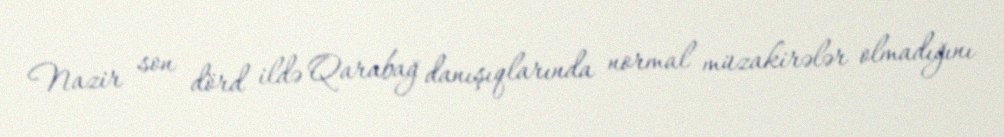
Nazir son dörd ildə Qarabağ danışıqlarında normal müzakirələr olmadığını